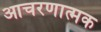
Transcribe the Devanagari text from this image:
आचरणात्मक